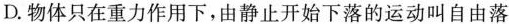
D.物体只在重力作用下，由静止开始下落的运动叫自由落